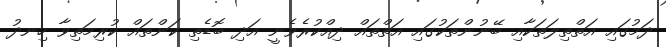
ދަމުގައި އަތްތިލަތަކާއި ބޭނުންތަކުގައި އަތްތައް ދިއްކުރެވެނީ އަދި ބޮޑެތި ކަންތައް ކުރިމަތިވާ ހިނދު